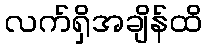
လက်ရှိအချိန်ထိ